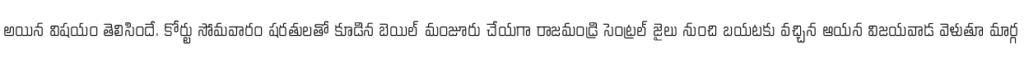
అయిన విషయం తెలిసిందే. కోర్టు సోమవారం షరతులతో కూడిన బెయిల్ మంజూరు చేయగా రాజమండ్రి సెంట్రల్ జైలు నుంచి బయటకు వచ్చిన ఆయన విజయవాడ వెళుతూ మార్గ